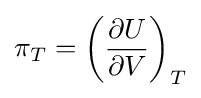
\pi _{T}=\left({\frac {\partial U}{\partial V}}\right)_{T}